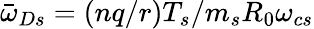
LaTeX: {\bar{\omega}}_{Ds}=(nq/r)T_{s}/m_{s}R_{0}\omega_{cs}